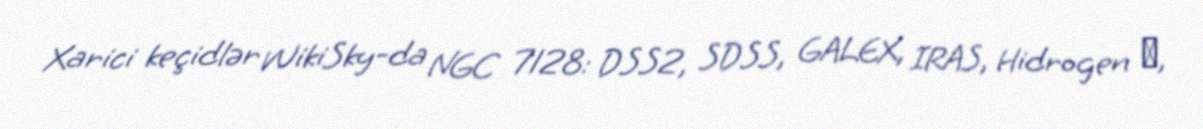
Xarici keçidlər WikiSky-da NGC 7128: DSS2, SDSS, GALEX, IRAS, Hidrogen α,